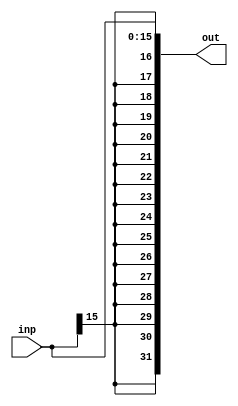
module Sign_Extend(
input [15:0] inp,
output [31:0] out
);

assign out = {{16{inp[15]}}, inp[15:0]};

endmodule